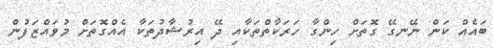
ބައެއް ކަން ނޭނގޭ ގޮތަށް ހިންގާ ހަރަކާތްތަކާއި ދޭ އިރުޝާދުތަކާ އެއްގޮތަށް މުވައްޒަފުން